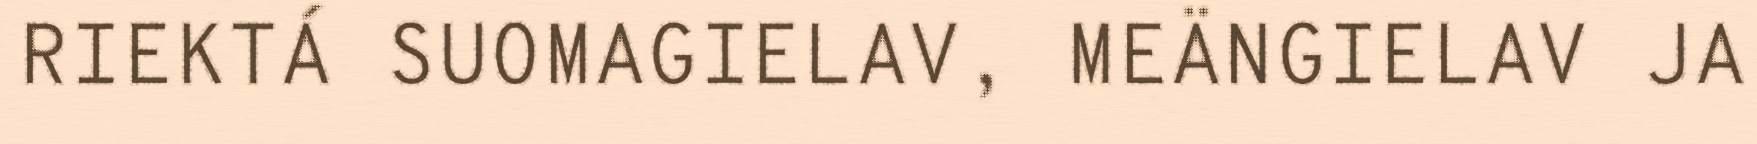
RIEKTÁ SUOMAGIELAV, MEÄNGIELAV JA